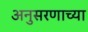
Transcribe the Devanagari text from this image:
अनुसरणाच्या